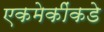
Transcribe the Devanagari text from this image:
एकमेकींकडे